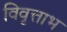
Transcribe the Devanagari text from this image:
विवृत्ताभ